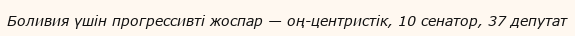
Боливия үшін прогрессивті жоспар — оң-центристік, 10 сенатор, 37 депутат